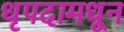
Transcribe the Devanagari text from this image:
धृपदामधून